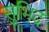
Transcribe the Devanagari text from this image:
सुभिद